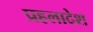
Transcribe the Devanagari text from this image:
प्रहलादेश